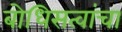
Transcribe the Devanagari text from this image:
बोधिसत्वांचा